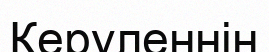
Керуленнің